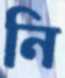
নি